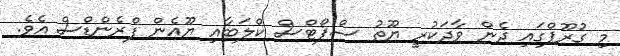
މި ގުރޫޕްގައި ދެން ވާދަކުރީ ޔޫތު ސްޕޯޓްސް ކްލަބާއި ޔޫއެން ފްރެންޑްސް އެވެ.